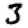
Digit: 3